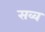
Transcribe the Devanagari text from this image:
सव्व